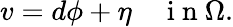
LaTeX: v=d\phi+\eta\quad\mathrm{~i~n~}\Omega.